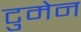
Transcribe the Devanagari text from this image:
टुमेन